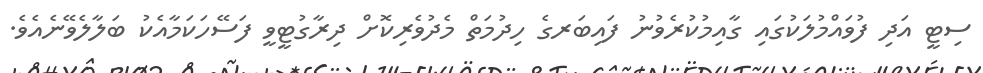
ސިޓީ އަދި ފުވައްމުލަކުގައި ގާއިމުކުރެވުނު ފައިބަރގެ ހިދުމަތް މެދުވެރިކޮށް ދިރާގުޓީވީ ފަސޭހަކަމާއެކު ބަލާލެވޭނެއެވެ.